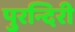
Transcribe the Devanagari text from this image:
पुरन्दिरी